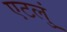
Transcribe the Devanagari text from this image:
एटलुं